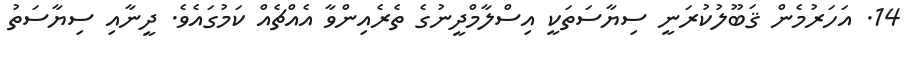
14. އަހަރުމެން ޤަބޫލުކުރަނީ ސިޔާސަތަކީ އިސްލާމްދީނުގެ ތެރެއިންވާ އެއްޗެއް ކަމުގައެވެ. ދީނާއި ސިޔާސަތު